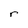
Character: r